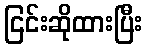
ငြင်းဆိုထားပြီး